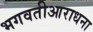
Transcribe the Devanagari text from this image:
भगवतीआराधना